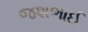
જશભાઈ